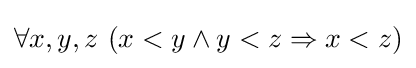
\forall x,y,z\ (x<y\land y<z\Rightarrow x<z)